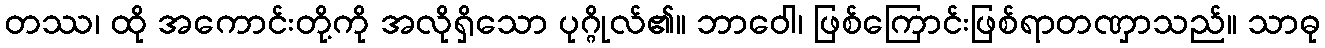
တဿ၊ ထို အကောင်းတို့ကို အလိုရှိသော ပုဂ္ဂိုလ်၏။ ဘာဝေါ၊ ဖြစ်ကြောင်းဖြစ်ရာတဏှာသည်။ သာဓု